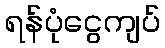
ရန်ပုံငွေကျပ်